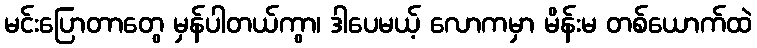
မင်းပြောတာတွေ မှန်ပါတယ်ကွာ၊ ဒါပေမယ့် လောကမှာ မိန်းမ တစ်ယောက်ထဲ